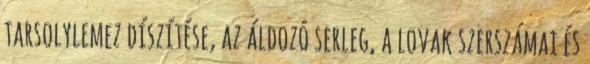
tarsolylemez díszítése, az áldozó serleg, a lovak szerszámai és